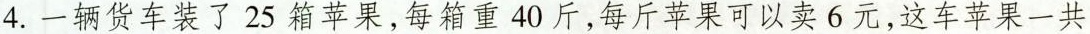
4.一辆货车装了25箱苹果，每箱重40斤，每斤苹果可以卖6元，这车苹果一共